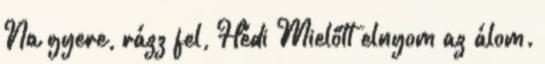
Na gyere, rázz fel, Hédi Mielőtt elnyom az álom.